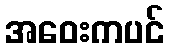
အဝေးကပင်